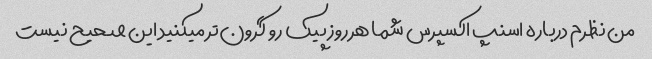
من نظرم درباره اسنپ اکسپرس شما هرروز پیک رو گرون‌تر میکنید این صحیح نیست